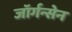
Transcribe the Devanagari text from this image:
जॉर्गन्सेन